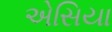
એસિયા